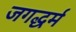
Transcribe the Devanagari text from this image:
जगद्धर्म